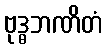
ဗုဒ္ဓဘဏိတံ